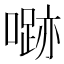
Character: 𱔼